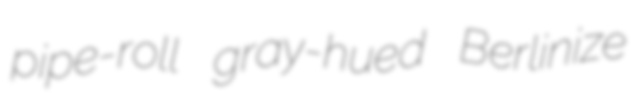
pipe-roll gray-hued Berlinize